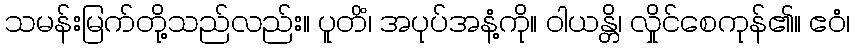
သမန်းမြက်တို့သည်လည်း။ ပူတိံ၊ အပုပ်အနံ့ကို။ ဝါယန္တိ၊ လှိုင်စေကုန်၏။ ဧဝံ၊